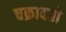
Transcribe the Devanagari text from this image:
चक्रावतो